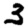
Digit: 3